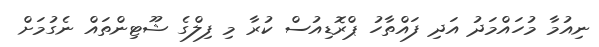
ނިއުމާ މުހައްމަދު އަދި ފައްތާހު ޕްރޮޑިއުސް ކުރާ މި ފިލްގެ ޝޫޓިންތައް ނެގުމަށް